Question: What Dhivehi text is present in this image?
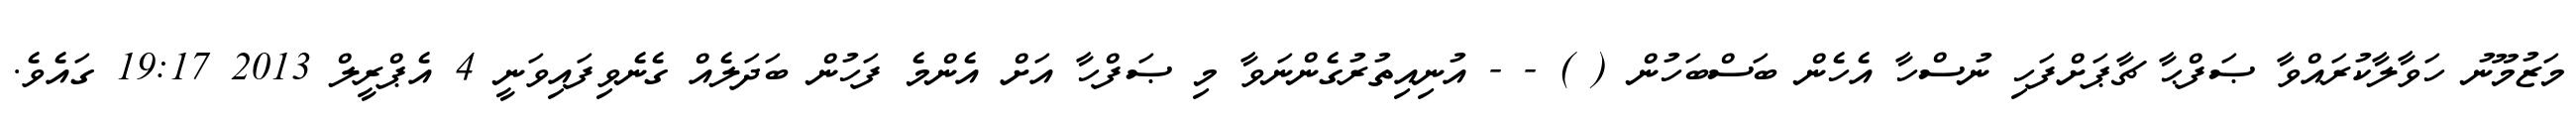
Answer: މަޒުމޫނު ހަވާލާކުރައްވާ ޞަފްޙާ ޗާޕަށްފަހި ނުސްހާ އެހެން ބަސްބަހުން ( ) - - އުނިއިތުރުގެންނަވާ މި ޞަފްހާ އަށް އެންމެ ފަހުން ބަދަލެއް ގެނެވިފައިވަނީ 4 އެޕްރީލް 2013 19:17 ގައެވެ.